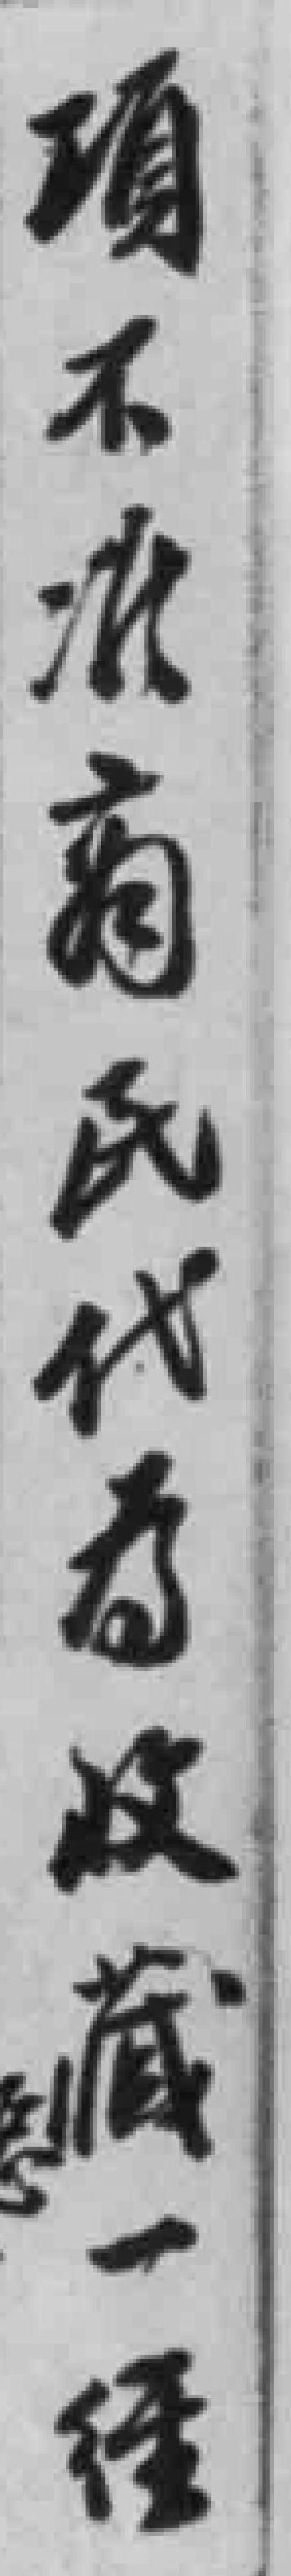
項不准商民代為收藏一經